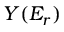
Y ( E _ { r } )